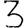
Digit: 3